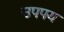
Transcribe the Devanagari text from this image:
उपपय